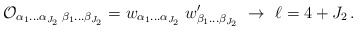
\begin{align*} {\cal O}_{\alpha_1\ldots\alpha_{J_2}\; \beta_1\ldots\beta_{J_2}} = w_{\alpha_1\ldots\alpha_{J_2}} \; w'_{\beta_1\ldots\beta_{J_2}} \ \rightarrow \ \ell = 4 +J_2 \,.\end{align*}